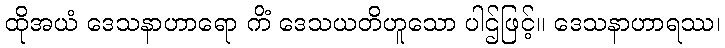
ထိုအယံ ဒေသနာဟာရော ကိံ ဒေသယတိဟူသော ပါဌ်ဖြင့်။ ဒေသနာဟာရဿ၊